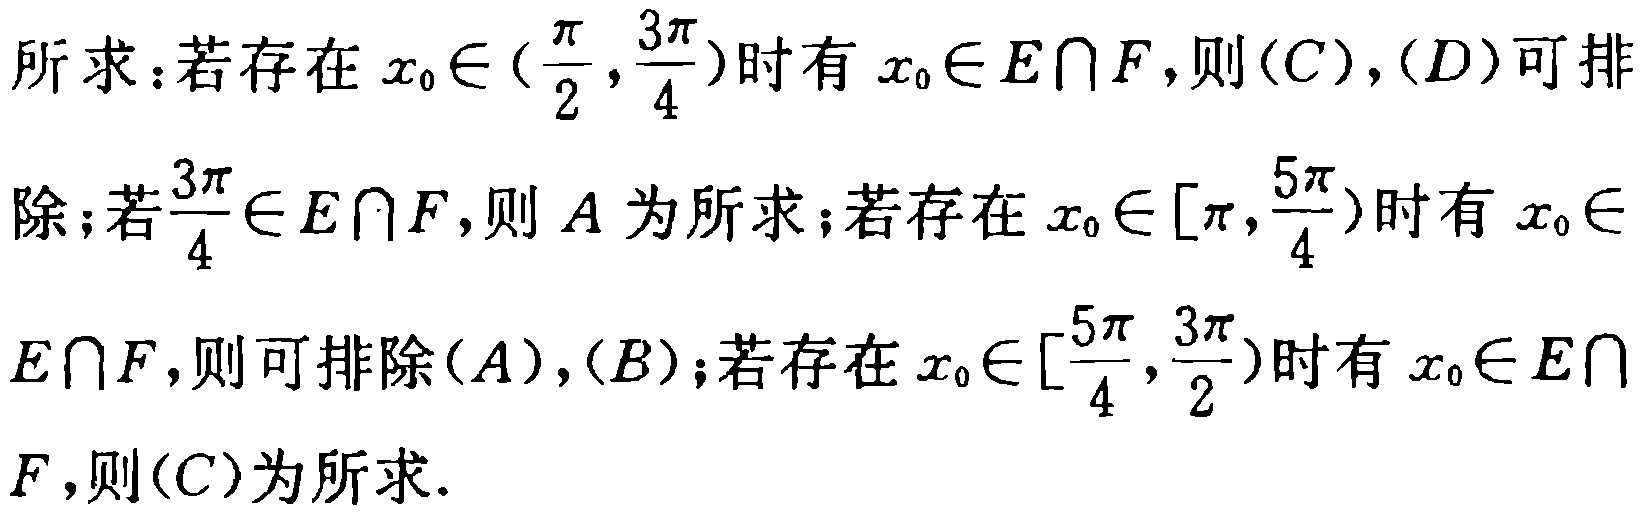
所求：若存在\(x_{0}\in(\frac{\pi}{2},\frac{3\pi}{4})\)时有\(x_{0}\in E\cap F\)，则\((C),(D)\)可排
除；若\(\frac{3\pi}{4}\in E\cap F\)，则\(A\)为所求；若存在\(x_{0}\in[\pi,\frac{5\pi}{4})\)时有\(x_{0}\in
E\cap F\)，则可排除\((A),(B)\)；若存在\(x_{0}\in[\frac{5\pi}{4},\frac{3\pi}{2})\)时有\(x_{0}\in E\cap
F\)，则\((C)\)为所求.